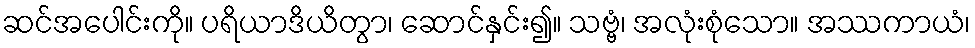
ဆင်အပေါင်းကို။ ပရိယာဒိယိတွာ၊ ဆောင်နှင်း၍။ သဗ္ဗံ၊ အလုံးစုံသော။ အဿကာယံ၊